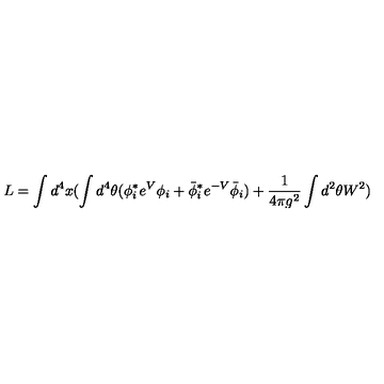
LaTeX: L = \int d ^ { 4 } x ( \int d ^ { 4 } \theta ( \phi _ { i } ^ { * } e ^ { V } \phi _ { i } + \bar { \phi } _ { i } ^ { * } e ^ { - V } \bar { \phi } _ { i } ) + { \frac { 1 } { 4 \pi g ^ { 2 } } } \int d ^ { 2 } \theta W ^ { 2 } )